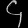
Digit: ၄